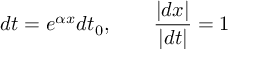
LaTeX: d t = e ^ { \alpha x } d t _ { 0 } , \qquad { \frac { | d x | } { | d t | } } = 1